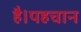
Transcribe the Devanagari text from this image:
है।पहचान